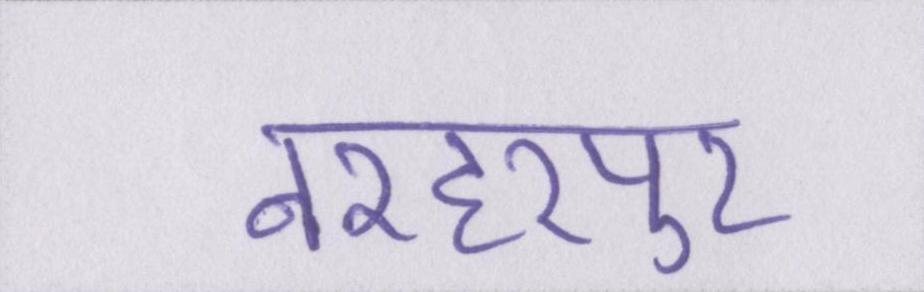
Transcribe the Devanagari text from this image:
नरहरपुर